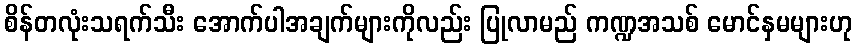
စိန်တလုံးသရက်သီး အောက်ပါအချက်များကိုလည်း ပြုလာမည် ကဏ္ဍအသစ် မောင်နှမများဟု